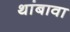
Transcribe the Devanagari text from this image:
थांबावा